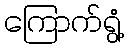
ကြောက်ရွံ့